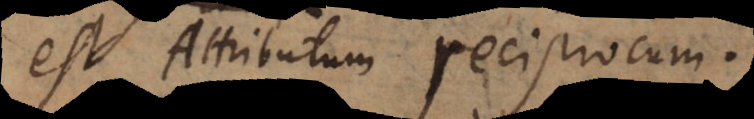
est Attributum reciprocum.